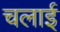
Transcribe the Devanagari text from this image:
चलार्इ